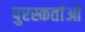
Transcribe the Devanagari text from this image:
पुरस्कर्ताओं